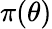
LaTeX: \pi(\theta)